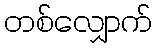
တစ်လျှောက်